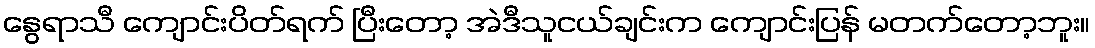
နွေရာသီ ကျောင်းပိတ်ရက် ပြီးတော့ အဲဒီသူငယ်ချင်းက ကျောင်းပြန် မတက်တော့ဘူး။